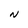
Character: N